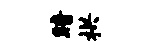
暗拱